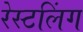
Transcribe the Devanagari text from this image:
रेस्टलिंग